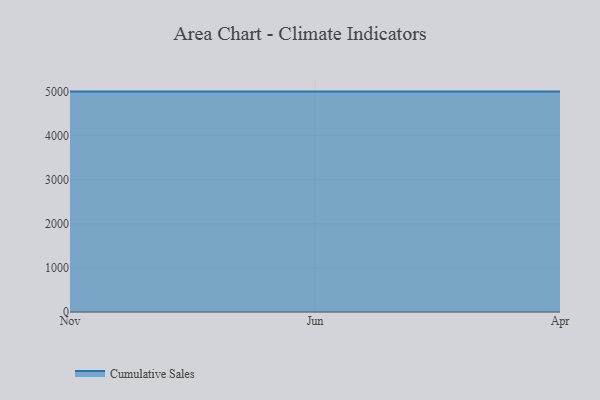
{"axis": {"x": "Month", "y": "Energy Usage (MWh)"}, "legend": ["Cumulative Sales"], "data": [{"x": "Nov", "y": 5000, "type": "Cumulative Sales"}, {"x": "Jun", "y": 5000, "type": "Cumulative Sales"}, {"x": "Apr", "y": 5000, "type": "Cumulative Sales"}]}